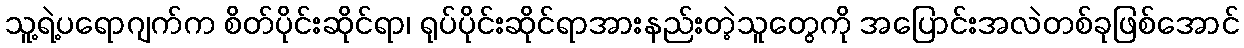
သူ့ရဲ့ပရောဂျက်က စိတ်ပိုင်းဆိုင်ရာ၊ ရုပ်ပိုင်းဆိုင်ရာအားနည်းတဲ့သူတွေကို အပြောင်းအလဲတစ်ခုဖြစ်အောင်